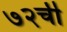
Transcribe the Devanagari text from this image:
७२ची